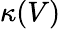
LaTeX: \kappa(V)